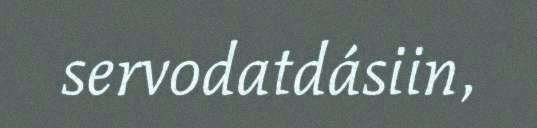
servodatdásiin,